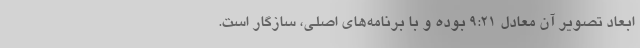
ابعاد تصویر آن معادل 9:21 بوده و با برنامه‌های اصلی، سازگار است.